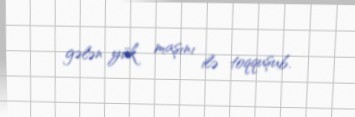
gələn yük maşını ilə toqquşub.